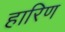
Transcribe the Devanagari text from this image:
हारिण